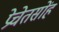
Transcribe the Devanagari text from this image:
प्रेचेतसोंह